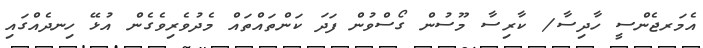
އެމަރޖެންސީ ހާދިސާ/ ކާރިސާ މޫސުން ގޯސްވުން ފަދަ ކަންތައްތައް މެދުވެރިވެގެން އުޅޭ ހިނދެއްގައި